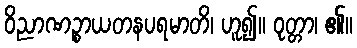
ဝိညာဏဉ္စာယတနပရမာတိ၊ ဟူ၍။ ဝုတ္တာ၊ ၏။